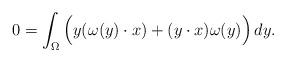
LaTeX: \begin{align*} 0 = \int_\Omega \Big(y(\omega(y) \cdot x) + (y\cdot x) \omega(y) \Big)\, dy.\end{align*}